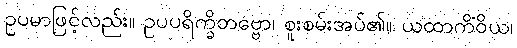
ဥပမာဖြင့်လည်း။ ဥပပရိက္ခိတဗ္ဗော၊ စူးစမ်းအပ်၏။ ယထာကိံဝိယ၊